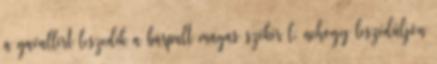
a gavallért leszedik a bárpult magas székérıl, nehogy leszédüljön